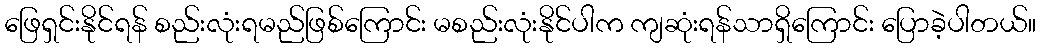
ဖြေရှင်းနိုင်ရန် စည်းလုံးရမည်ဖြစ်ကြောင်း မစည်းလုံးနိုင်ပါက ကျဆုံးရန်သာရှိကြောင်း ပြောခဲ့ပါတယ်။